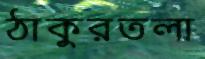
ঠাকুরতলা